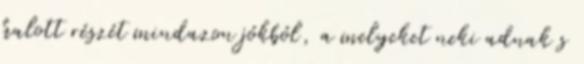
halott részét mindazon jókból, a melyeket neki adnak s